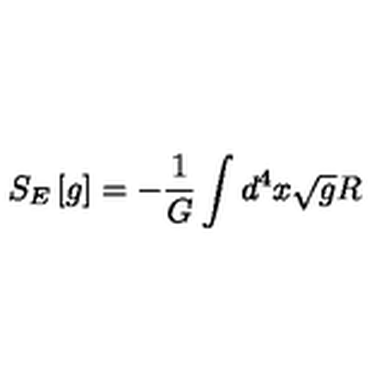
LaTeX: S _ { E } \left[ g \right] = - { \frac { 1 } { G } } \int d ^ { 4 } x \sqrt g R